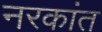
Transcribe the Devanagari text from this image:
नरकांत